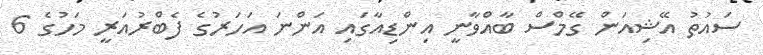
ސަައުތު އޭޝިއަން ގޭމްްސް ބާއްވާނީ އިންޑިއާގައި އަންނަ އަހަރުގެ ފެބްރުއަރީ މަހުގެ 6